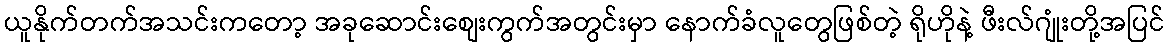
ယူနိုက်တက်အသင်းကတော့ အခုဆောင်းစျေးကွက်အတွင်းမှာ နောက်ခံလူတွေဖြစ်တဲ့ ရိုဟိုနဲ့ ဖီးလ်ဂျုံးတို့အပြင်